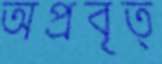
অপ্রবৃত্